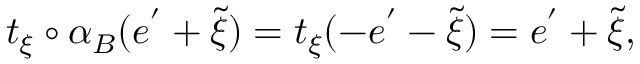
t _ { \xi } \circ \alpha _ { B } ( e ^ { ' } + \tilde { \xi } ) = t _ { \xi } ( - e ^ { ' } - \tilde { \xi } ) = e ^ { ' } + \tilde { \xi } ,